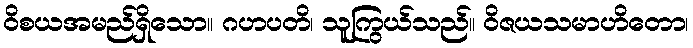
ဝိစယအမည်ရှိသော။ ဂဟပတိ၊ သူကြွယ်သည်။ ဝိဇယသမာဟိတော၊